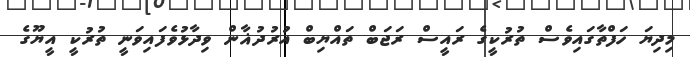
މިދިޔަ ހަފްތާގައިވެސް ތުރުކީގެ ރައީސް ރަޖަބް ތައްޔިބް އުރުދުޣާން ވިދާޅުވެފައިވަނީ ތުރުކީ އީޔޫގެ